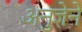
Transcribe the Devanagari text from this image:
अनुज्ञेने